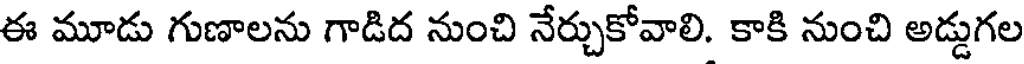
ఈ మూడు గుణాలను గాడిద నుంచి నేర్చుకోవాలి. కాకి నుంచి అడ్డుగల